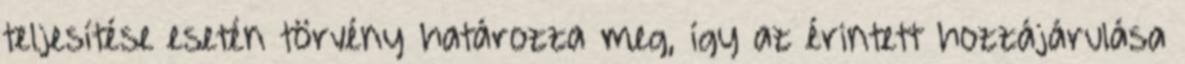
teljesítése esetén törvény határozza meg, így az érintett hozzájárulása